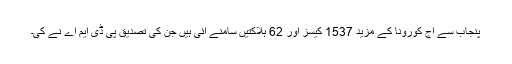
پنجاب سے آج کورونا کے مزید 1537 کیسز اور 62 ہلاکتیں سامنے آئی ہیں جن کی تصدیق پی ڈی ایم اے نے کی۔